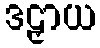
ဒဠှာယ